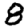
Digit: 8